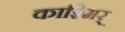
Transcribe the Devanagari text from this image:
काश्मिर्